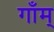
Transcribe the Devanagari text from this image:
गाँम्